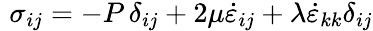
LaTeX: \, \, \sigma_{ij}=-P\, \delta_{ij}+2\mu{\dot{\varepsilon}}_{ij}+\lambda{\dot{\varepsilon}}_{kk}\delta_{ij}